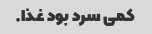
کمی سرد بود غذا.